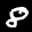
Label: 8